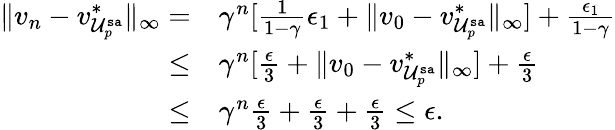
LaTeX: \begin{array}{rl}{\lVert v_{n}-v_{\mathcal{U}_{p}^{\mathtt{sa}}}^{*}\rVert_{\infty}=}&{\gamma^{n}[\frac{1}{1-\gamma}\epsilon_{1}+\lVert v_{0}-v_{\mathcal{U}_{p}^{\mathtt{sa}}}^{*}\rVert_{\infty}]+\frac{\epsilon_{1}}{1-\gamma}}\\ {\leq}&{\gamma^{n}[\frac{\epsilon}{3}+\lVert v_{0}-v_{\mathcal{U}_{p}^{\mathtt{sa}}}^{*}\rVert_{\infty}]+\frac{\epsilon}{3}}\\ {\leq}&{\gamma^{n}\frac{\epsilon}{3}+\frac{\epsilon}{3}+\frac{\epsilon}{3}\leq\epsilon.}\end{array}